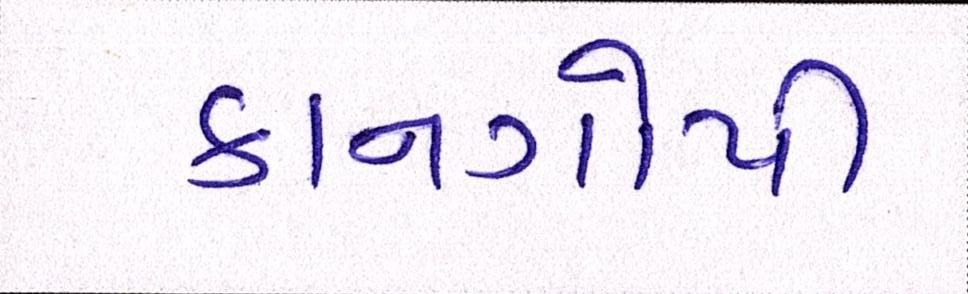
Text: કાનગોપી